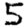
Digit: 5